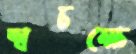
স্বচক্ষে